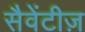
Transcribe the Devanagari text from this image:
सैवेंटीज़